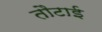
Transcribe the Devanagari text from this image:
तौटाई